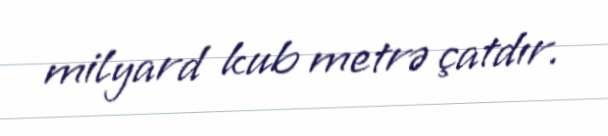
milyard kub metrə çatdır.